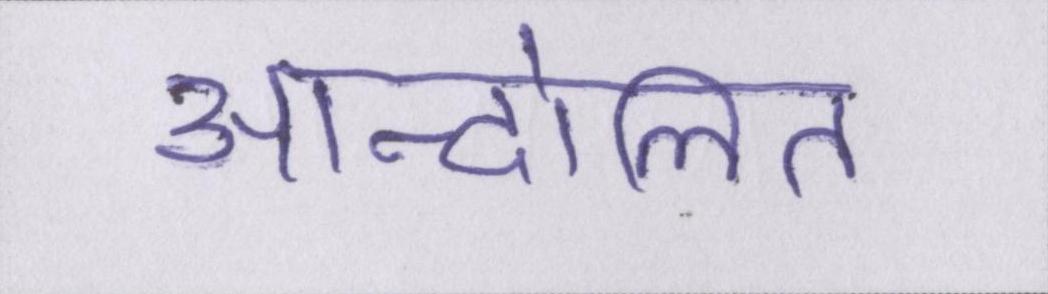
आन्दोलित